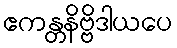
ဧကန္တနိဗ္ဗိဒါယပေ